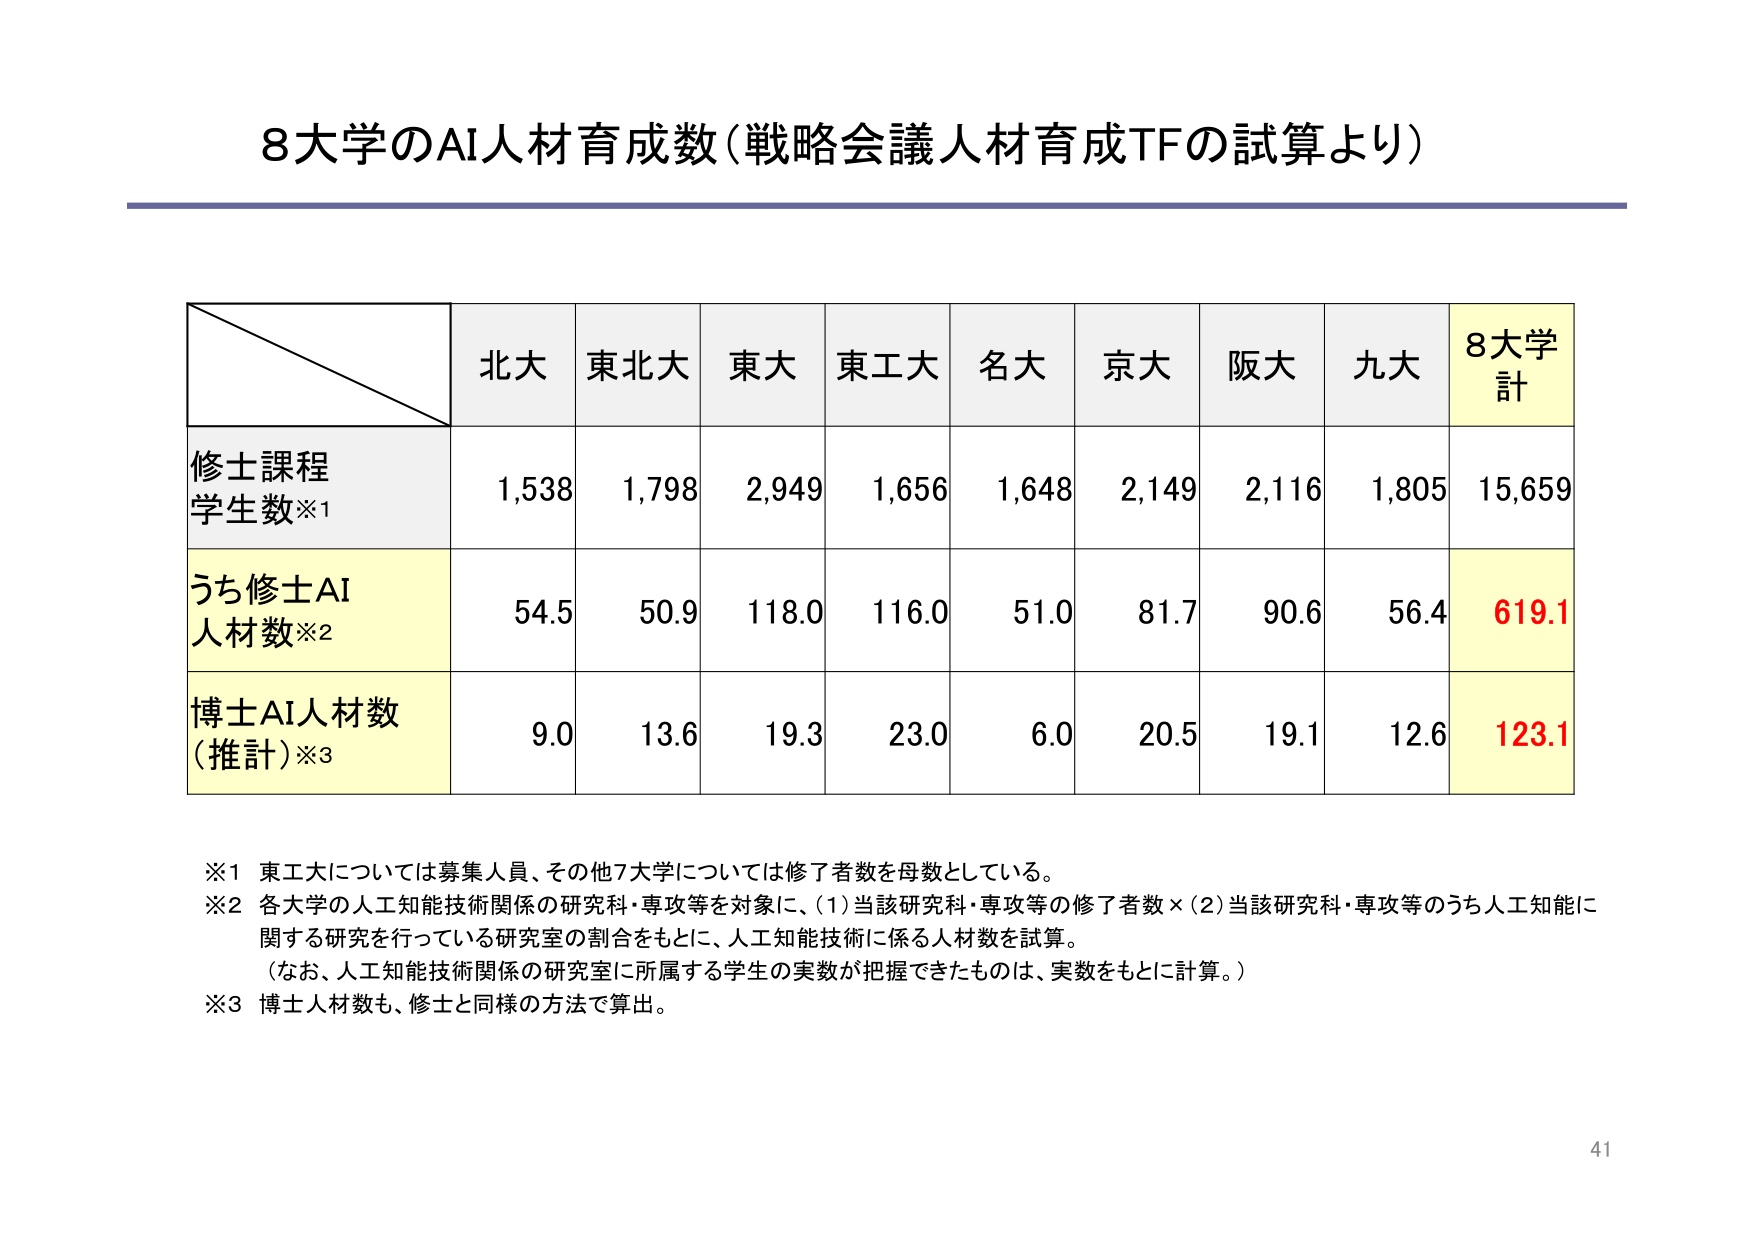
8大学のAI人材育成数（戦略会議人材育成TFの試算より）

北大 東北大 東大 東工大 名大 京大 阪大 九大 8大学計
修士課程
学生数※1 1,538 1,798 2,949 1,656 1,648 2,149 2,116 1,805 15,659
うち修士AI
人材数※2 54.5 50.9 118.0 116.0 51.0 81.7 90.6 56.4 619.1
博士AI人材数
（推計）※3 9.0 13.6 19.3 23.0 6.0 20.5 19.1 12.6 123.1

※1 東工大については募集人員、その他7大学については修了者数を母数としている。
※2 各大学の人工知能技術関係の研究科・専攻等を対象に、(1)当該研究科・専攻等の修了者数×(2)当該研究科・専攻等のうち人工知能に関する研究を行っている研究室の割合をもとに、人工知能技術に係る人材数を試算。
（なお、人工知能技術関係の研究室に所属する学生の実数が把握できたものは、実数をもとに計算。）
※3 博士人材数も、修士と同様の方法で算出。

41